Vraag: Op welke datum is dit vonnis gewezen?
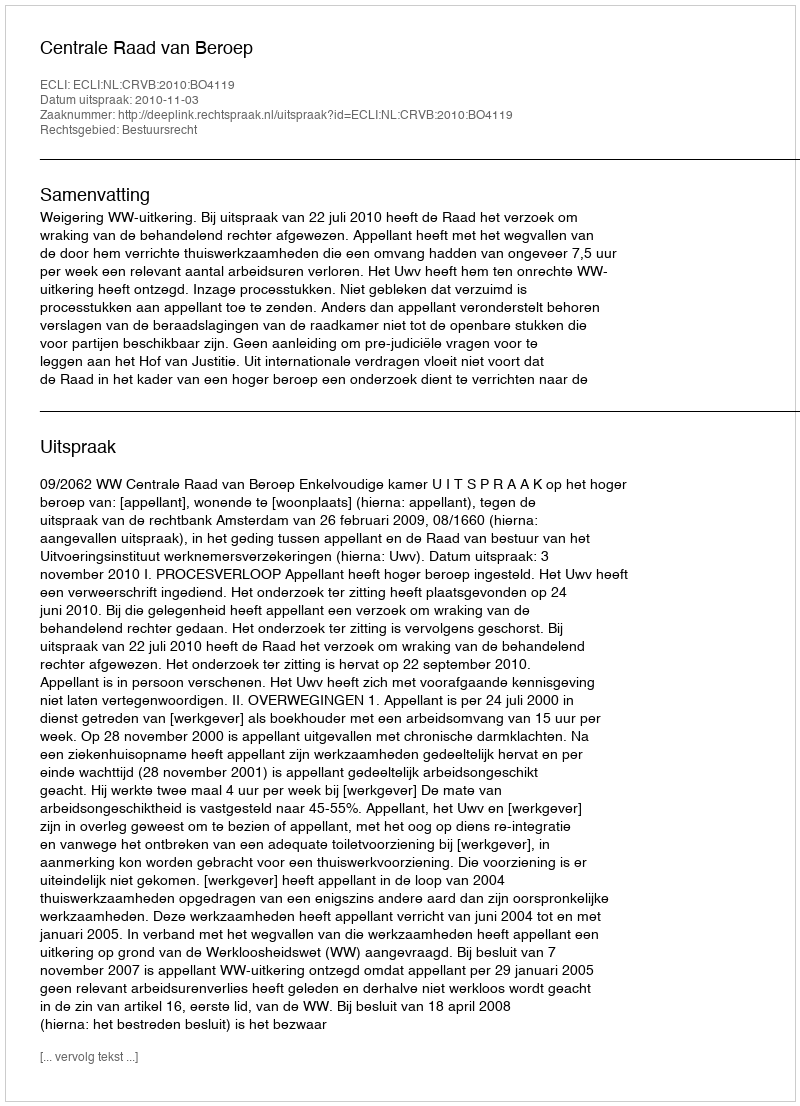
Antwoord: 2010-11-03